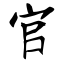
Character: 官